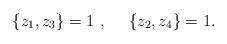
LaTeX: \begin{align*} \lbrace z_1,z_3\rbrace =1~,~~~~ \lbrace z_2,z_4\rbrace =1 .\end{align*}